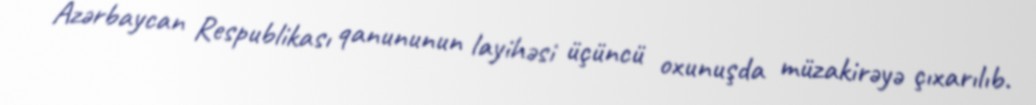
Azərbaycan Respublikası qanununun layihəsi üçüncü oxunuşda müzakirəyə çıxarılıb.